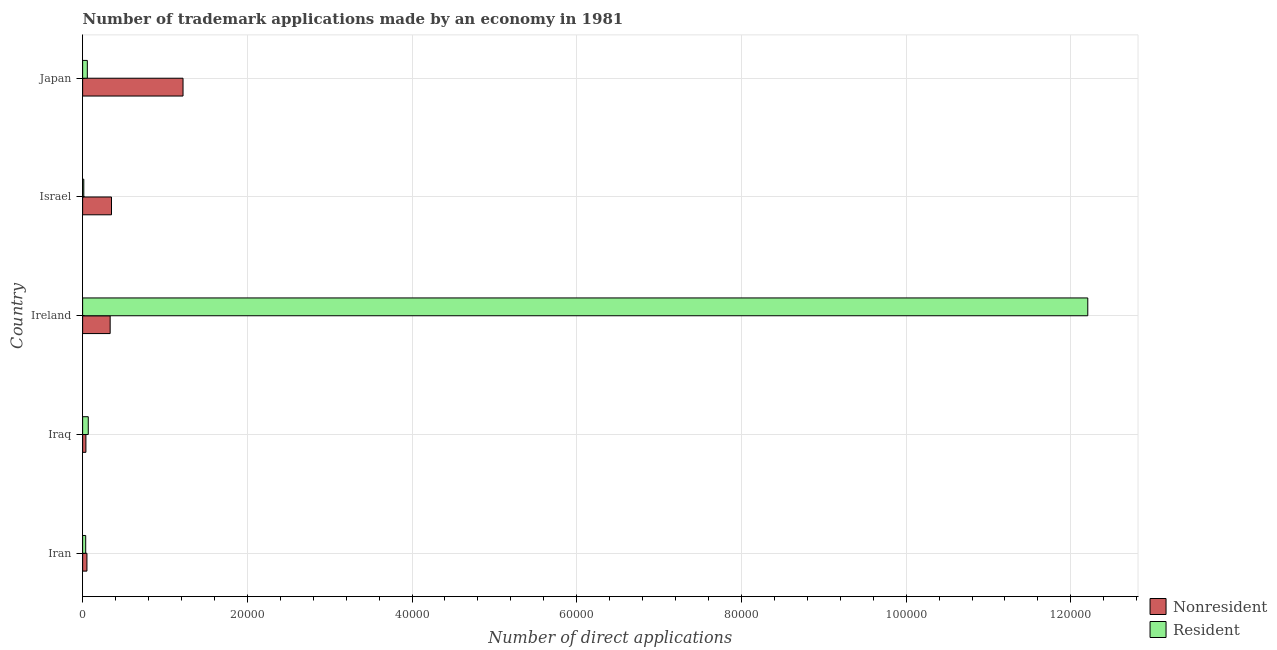
| Country | Nonresident | Resident |
 | --- | --- | --- |
 | Iran | 523 | 373 |
 | Iraq | 397 | 684 |
 | Ireland | 3.34e+03 | 1.22e+05 |
 | Israel | 3.51e+03 | 142 |
 | Japan | 1.22e+04 | 570 |